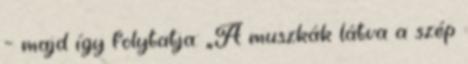
– majd így folytatja: „A muszkák látva a szép